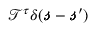
\mathscr { T } ^ { \tau } \delta ( \pmb { \mathscr { s } } - \pmb { \mathscr { s } } ^ { \prime } )